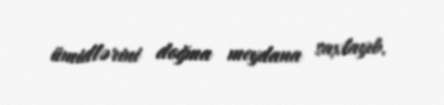
ümidlərini doğma meydana saxlayıb.